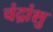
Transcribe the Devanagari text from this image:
चंद्रांशु